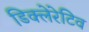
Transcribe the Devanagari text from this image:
डिक्लेरेटिव